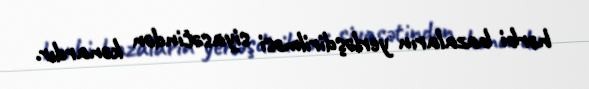
hərbi bazaların yerləşdirilməsi siyasətindən kənardır.